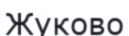
Жуково